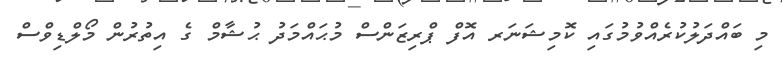
މި ބައްދަލުކުރެއްވުމުގައި ކޮމިޝަނަރ އޮފް ޕްރިޒަންސް މުޙައްމަދު ޙުޝާމް ގެ އިތުރުން މޯލްޑިވްސް